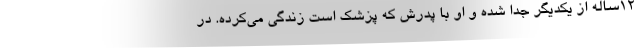
۱۲ساله از یکدیگر جدا شده و او با پدرش که پزشک است زندگی می‌کرده. در